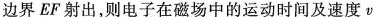
边界EF射出，则电子在磁场中的运动时间及速度v